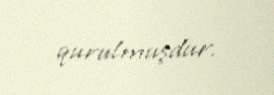
qurulmuşdur.